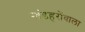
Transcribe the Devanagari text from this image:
खंडहरोंवाला